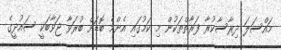
މައްސަލަ ދިރާސާކުރާ ފަރާތްތަކުން މި ކަމުގައި އެންމެ ބޮޑަށް ބުރަވާ ޖަވާބަކީ ސައުދީގެ